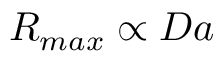
R _ { m a x } \propto D a